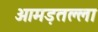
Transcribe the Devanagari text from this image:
आमड़तल्ला